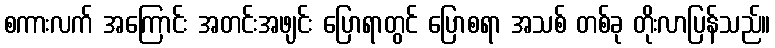
စကားလက် အကြောင်း အတင်းအဖျင်း ပြောရာတွင် ပြောစရာ အသစ် တစ်ခု တိုးလာပြန်သည်။